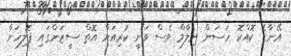
އޭނާގެ ކޮއްކޮ ހަސަން ނިލާމް ވެސް ވަނީ ކުރިއަށް އޮތް ސީޒަންގައި ޕޮލިހަށް